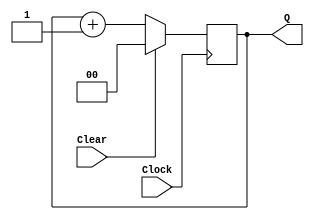
/*
	CEFET-MG
	Disciplina de Laboratrio de Arquitetura e Organizao de Computadores II
	Data: 11/12/2021
	Alunos: Fernando Veizaga e Alanis Castro
*/

module upcount(Clear, Clock, Q);
	integer control;
	input Clear, Clock;
	output [1:0] Q;
	reg [1:0] Q;
	
	initial begin
		Q <= 2'b0;
		control = 1;
	end
	
	always @(posedge Clock)
		if (Clear)
		begin
			Q <= 2'b0;
		end
		
		else if(control == 1)
		begin
			Q <= Q + 1'b1;
		end
endmodule